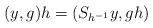
LaTeX: \begin{align*} (y,g)h = (S_{h^{-1}} y, gh)\end{align*}